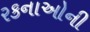
રકનાઓની